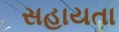
સહાયતા